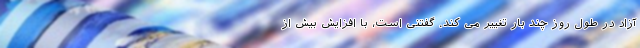
آزاد در طول روز چند بار تغییر می کند. گفتنی است، با افزایش بیش از